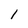
Character: l